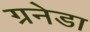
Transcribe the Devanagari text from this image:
ग्रनेडा